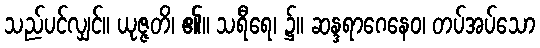
သည်ပင်လျှင်။ ယုဇ္ဇတိ၊ ၏။ သရီရေ၊ ၌။ ဆန္ဒရာဂေနေဝ၊ တပ်အပ်သော